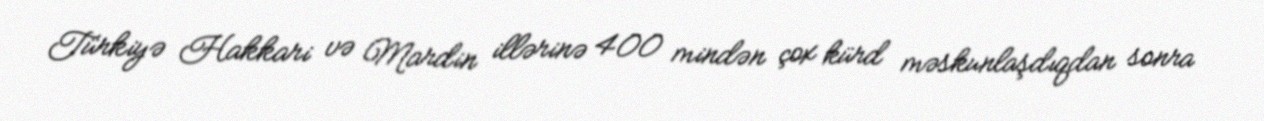
Türkiyə Hakkari və Mardin illərinə 400 mindən çox kürd məskunlaşdıqdan sonra